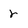
Character: r